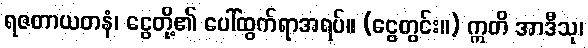
ရဇတာယတနံ၊ ငွေတို့၏ ပေါ်ထွက်ရာအရပ်။ (ငွေတွင်း။) ဣတိ အာဒီသု၊